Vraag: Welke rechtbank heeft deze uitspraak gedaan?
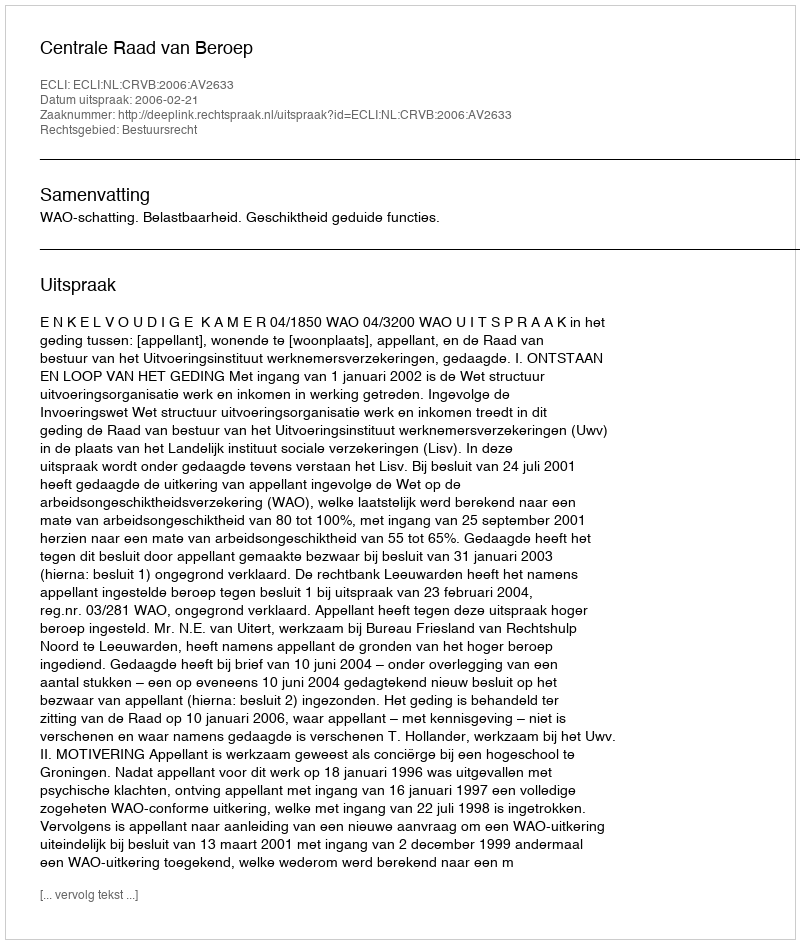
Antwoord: Centrale Raad van Beroep